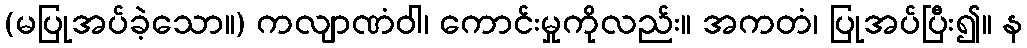
(မပြုအပ်ခဲ့သော။) ကလျာဏံဝါ၊ ကောင်းမှုကိုလည်း။ အကတံ၊ ပြုအပ်ပြီး၍။ န